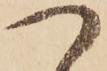
つ